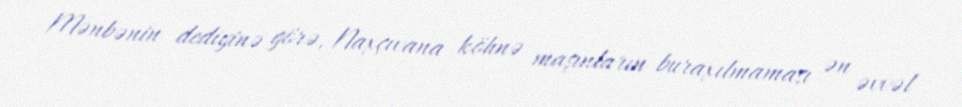
Mənbənin dediyinə görə, Naxçıvana köhnə maşınların buraxılmaması ən əvvəl